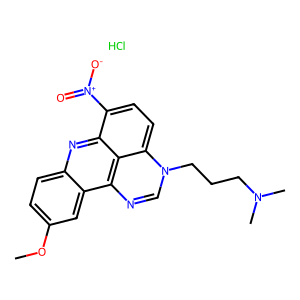
SMILES: COc1ccc2nc3c([N+](=O)[O-])ccc4c3c(ncn4CCCN(C)C)c2c1.Cl
Inhibits HIV replication: No